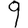
Digit: 9